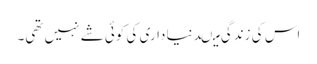
اس کی زندگی میںدنیا داری کی کوئی شے نہیں تھی۔